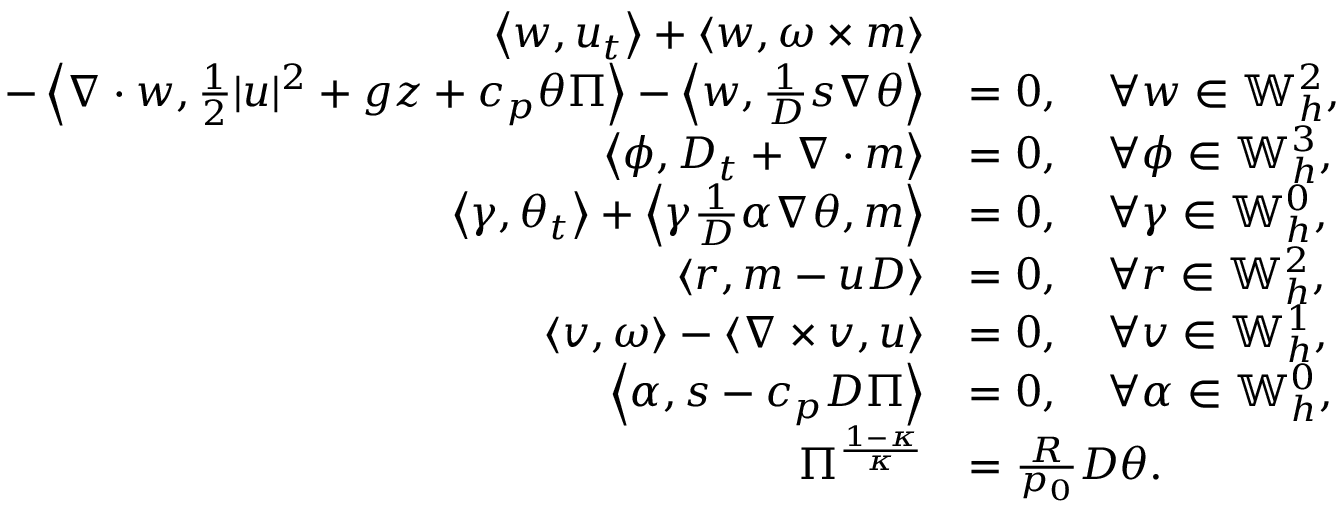
\begin{array} { r l } { \left\langle w , u _ { t } \right\rangle + \left\langle w , \omega \times m \right\rangle } & { } \\ { \qquad - \left\langle \nabla \cdot w , \frac { 1 } { 2 } | u | ^ { 2 } + g z + c _ { p } \theta \Pi \right\rangle - \left\langle w , \frac { 1 } { D } s \nabla \theta \right\rangle } & { = 0 , \quad \forall w \in \mathbb { W } _ { h } ^ { 2 } , } \\ { \left\langle \phi , D _ { t } + \nabla \cdot m \right\rangle } & { = 0 , \quad \forall \phi \in \mathbb { W } _ { h } ^ { 3 } , } \\ { \left\langle \gamma , \theta _ { t } \right\rangle + \left\langle \gamma \frac { 1 } { D } \alpha \nabla \theta , m \right\rangle } & { = 0 , \quad \forall \gamma \in \mathbb { W } _ { h } ^ { 0 } , } \\ { \left\langle r , m - u D \right\rangle } & { = 0 , \quad \forall r \in \mathbb { W } _ { h } ^ { 2 } , } \\ { \left\langle v , \omega \right\rangle - \left\langle \nabla \times v , u \right\rangle } & { = 0 , \quad \forall v \in \mathbb { W } _ { h } ^ { 1 } , } \\ { \left\langle \alpha , s - c _ { p } D \Pi \right\rangle } & { = 0 , \quad \forall \alpha \in \mathbb { W } _ { h } ^ { 0 } , } \\ { \Pi ^ { \frac { 1 - \kappa } { \kappa } } } & { = \frac { R } { p _ { 0 } } D \theta . } \end{array}